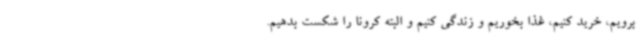
برویم، خرید کنیم، غذا بخوریم و زندگی کنیم و البته کرونا را شکست بدهیم.